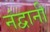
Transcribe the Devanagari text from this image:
नंद्वानी